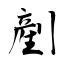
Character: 剷